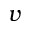
v